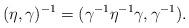
LaTeX: \begin{align*}(\eta, \gamma)^{-1} = (\gamma^{-1} \eta^{-1} \gamma, \gamma^{-1}).\end{align*}